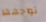
تواجهها